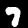
Label: 7